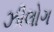
ઝીલોગ